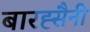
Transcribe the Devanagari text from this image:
बारह्सैनी